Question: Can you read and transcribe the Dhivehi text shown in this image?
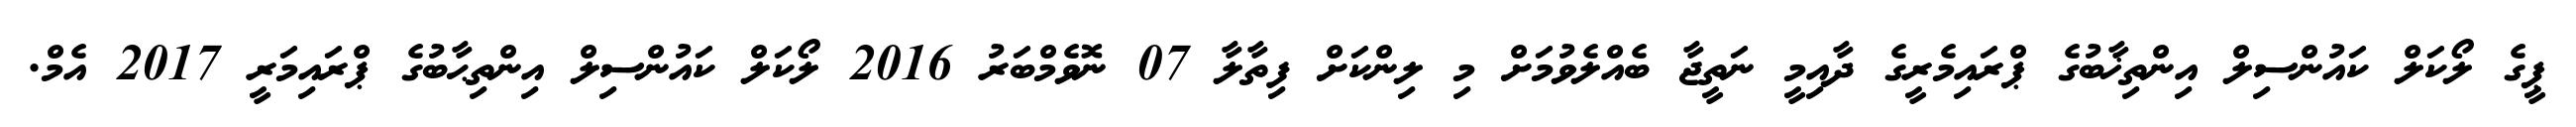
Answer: ޕީގެ ލޯކަލް ކައުންސިލް އިންތިޚާބުގެ ޕްރައިމެރީގެ ދާއިމީ ނަތީޖާ ބެއްލެވުމަށް މި ލިންކަށް ފިތާލާ 07 ނޮވެމްބަރު 2016 ލޯކަލް ކައުންސިލް އިންތިޙާބުގެ ޕްރައިމަރީ 2017 އެމް.